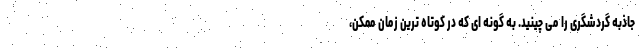
جاذبه گردشگری را می چینید. به گونه ای که در کوتاه ترین زمان ممکن،